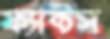
ফ্যাক্টস